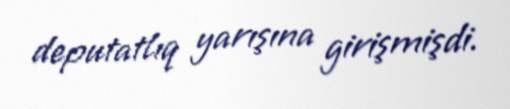
deputatlıq yarışına girişmişdi.